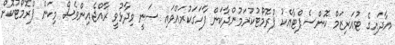
އާދައިގެ ޓުއަރިޒަމް ކޮންސެޕްޓާއެކު ޕްރޮމޯޓުކުރަމުންދާކަން ފާހަގަކުރައްވައި ސަނީ ވިދާޅުވީ ރާއްޖެއިންވެސް މިކަން ޕްރޮމޯޓުކޮށް